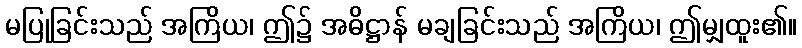
မပြုခြင်းသည် အကြိယ၊ ဤ၌ အဓိဋ္ဌာန် မချခြင်းသည် အကြိယ၊ ဤမျှထူး၏။